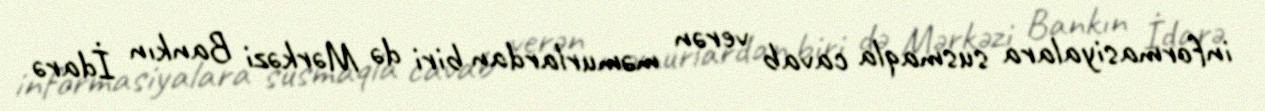
informasiyalara susmaqla cavab verən məmurlardan biri də Mərkəzi Bankın İdarə